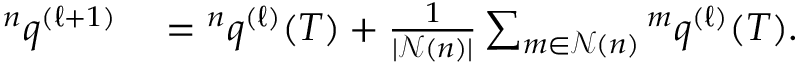
\begin{array} { r l } { { } ^ { n } q ^ { ( \ell + 1 ) } } & { { } = { } ^ { n } q ^ { ( \ell ) } ( T ) + \frac { 1 } { | \mathcal { N } ( n ) | } \sum _ { m \in \mathcal { N } ( n ) } { } ^ { m } q ^ { ( \ell ) } ( T ) . } \end{array}